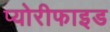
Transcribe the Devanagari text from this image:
प्योरीफाइड